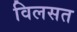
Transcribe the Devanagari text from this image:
विलसत